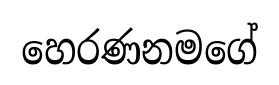
හෙරණනමගේ